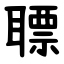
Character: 䏇